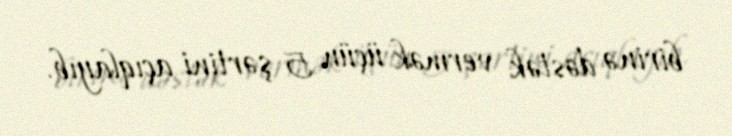
birinə dəstək vermək üçün 5 şərtini açıqlayıb.